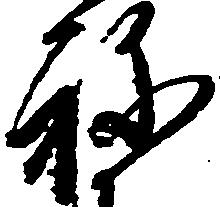
ね